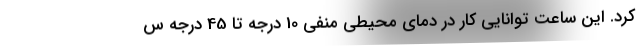
کرد. این ساعت توانایی کار در دمای محیطی منفی 10 درجه تا 45 درجه س